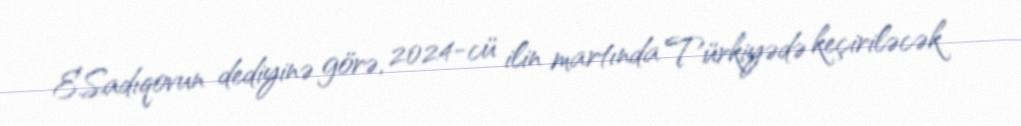
E.Sadıqovun dediyinə görə, 2024-cü ilin martında Türkiyədə keçiriləcək